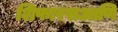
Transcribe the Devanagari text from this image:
शिफारसआणि